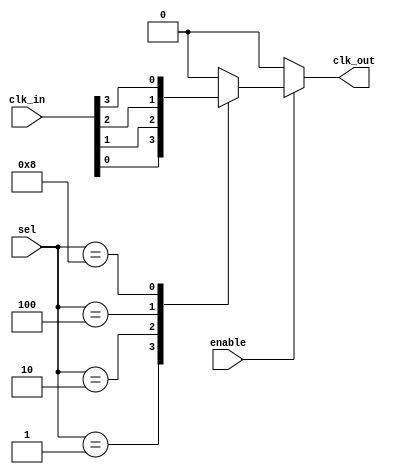
module cmux_buffer #(
    parameter NUM_CLOCKS = 4 // Number of clock inputs (e.g., 4 for CLK0, CLK1, CLK2, CLK3)
)(
    input wire [NUM_CLOCKS-1:0] clk_in, // Clock inputs
    input wire [NUM_CLOCKS-1:0] sel,     // Selection signal (one-hot encoded)
    input wire enable,                    // Enable signal
    output reg clk_out                    // Clock output
);

// Internal signals
wire [NUM_CLOCKS-1:0] clk_buffered; // Buffered clock signals

// Buffering the clock inputs
genvar i;
generate
    for (i = 0; i < NUM_CLOCKS; i = i + 1) begin : buffer
        // Simple buffer implementation (can be replaced with a more complex buffer if needed)
        assign clk_buffered[i] = clk_in[i];
    end
endgenerate

// Clock selection logic
always @(*) begin
    if (enable) begin
        // Default to low if no selection is made
        clk_out = 1'b0; 
        // Select the clock based on the one-hot encoded selection signal
        case (sel)
            4'b0001: clk_out = clk_buffered[0]; // Select CLK0
            4'b0010: clk_out = clk_buffered[1]; // Select CLK1
            4'b0100: clk_out = clk_buffered[2]; // Select CLK2
            4'b1000: clk_out = clk_buffered[3]; // Select CLK3
            default: clk_out = 1'b0; // Default case (no clock selected)
        endcase
    end else begin
        clk_out = 1'b0; // Disable output if not enabled
    end
end

endmodule